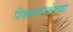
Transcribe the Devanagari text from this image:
शिक्षणसंस्थेच्या